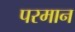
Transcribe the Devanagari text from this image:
परमान